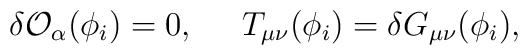
\delta {\cal O}_{\alpha}(\phi_i) = 0, \;\;\;\;\; T_{\mu\nu}(\phi_i) = \delta G_{\mu\nu}(\phi_i),